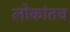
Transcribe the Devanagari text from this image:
लोकांतच